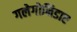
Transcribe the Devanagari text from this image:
गलेगोनिडाए